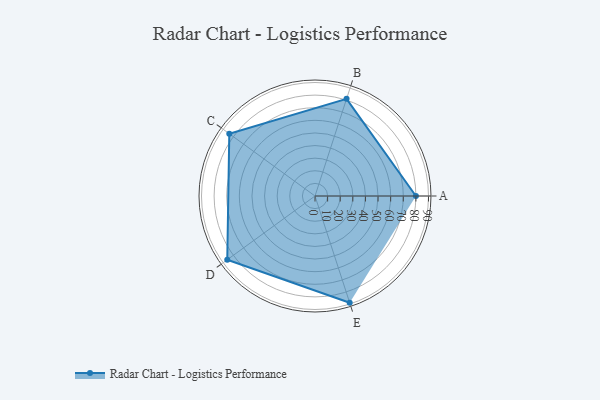
{"axis": {"x": "Skill", "y": "Score"}, "legend": ["Profile"], "data": [{"x": "A", "y": 80.0, "type": "Profile"}, {"x": "B", "y": 81.0, "type": "Profile"}, {"x": "C", "y": 84.0, "type": "Profile"}, {"x": "D", "y": 86.0, "type": "Profile"}, {"x": "E", "y": 89.0, "type": "Profile"}]}